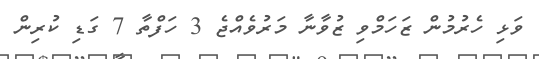
ވަޅި ހެރުމުން ޒަހަމްވި ޒުވާނާ މަރުވެއްޖެ 3 ހަފްތާ 7 ގަޑި ކުރިން